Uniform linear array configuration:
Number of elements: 48
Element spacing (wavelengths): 1
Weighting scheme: binomial
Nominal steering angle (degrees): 60
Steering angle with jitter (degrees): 60.174
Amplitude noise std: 0.05
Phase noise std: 0.05

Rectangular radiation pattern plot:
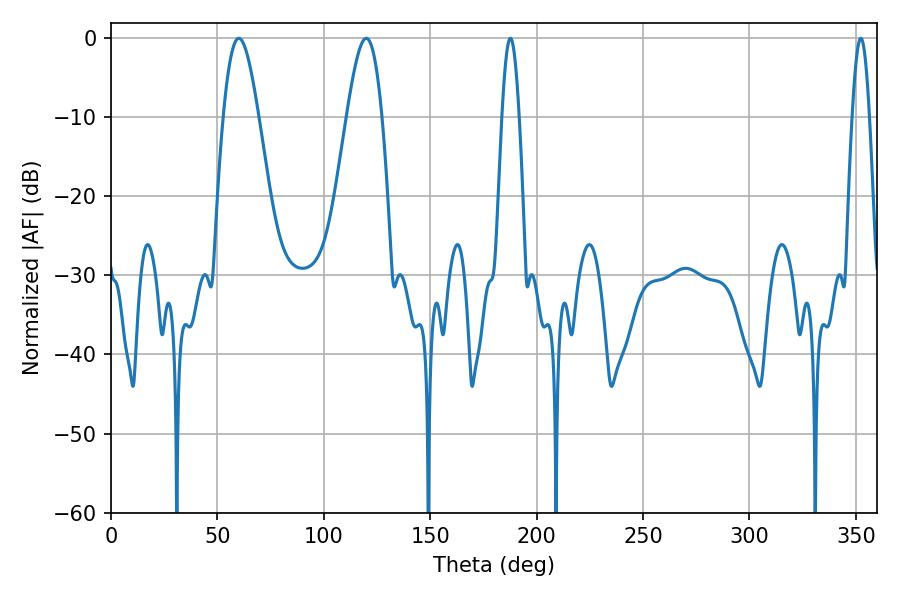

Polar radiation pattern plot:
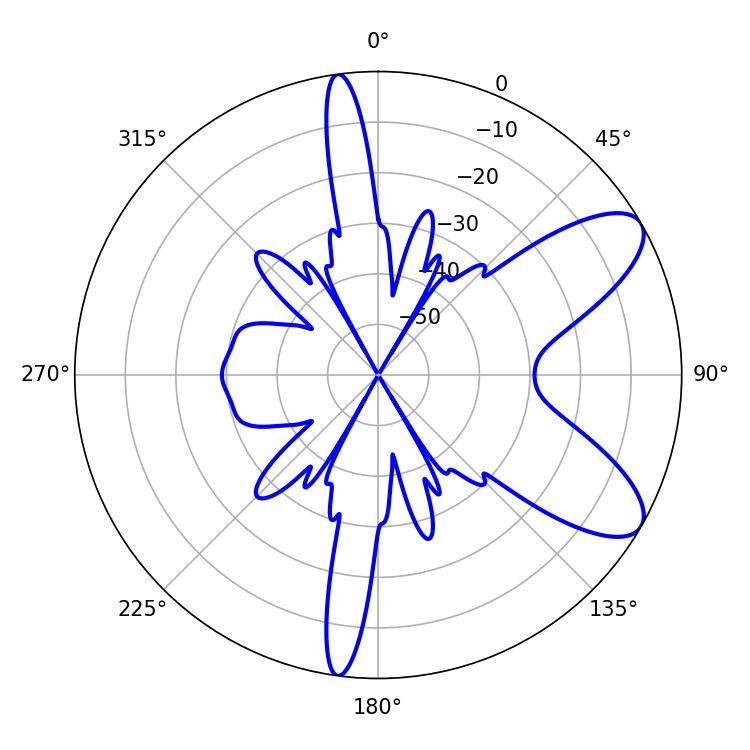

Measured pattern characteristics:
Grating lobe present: TRUE
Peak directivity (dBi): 8.642
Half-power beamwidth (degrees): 8.82
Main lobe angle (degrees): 60.12